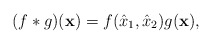
\begin{align*}(f * g)(\mathbf{x}) = f(\hat x_1, \hat x_2) g(\mathbf{x}), \end{align*}